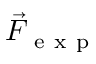
\vec { F } _ { \mathrm { ~ e ~ x ~ p ~ } }